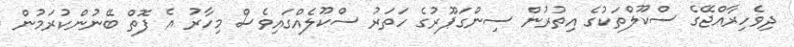
ދިވެހިރާއްޖޭގެ ސްކޫލްތަކުގެ އިތުރުން ސިންގަޕޫރުގެ ހަތަރު ސްކޫލެއްގައިވެސް މިހާރު އެ ފޮތް ބޭނުންކުރަމުން